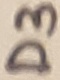
Text: D3